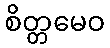
စိတ္တမေဝ